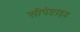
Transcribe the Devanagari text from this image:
सीपेप्टाइड